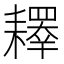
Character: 𰭲